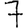
Digit: 7